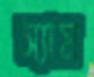
স্যাম